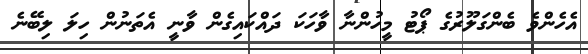
އެހެންވެ ބެންގަލޫރުގެ ޕޯޓު މީހުންނާ ވާހަކަ ދައްކައިގެން ވާނީ އެތަނުން ހިލަ ލިބޭނެ